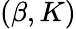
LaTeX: (\beta,K)